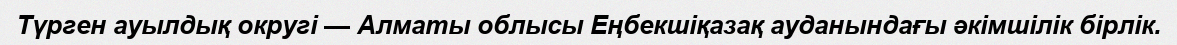
Түрген ауылдық округі — Алматы облысы Еңбекшіқазақ ауданындағы әкімшілік бірлік.